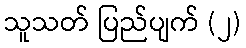
သူသတ် ပြည်ပျက် (၂)